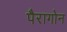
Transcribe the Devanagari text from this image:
पैरागोन